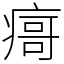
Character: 𰣻